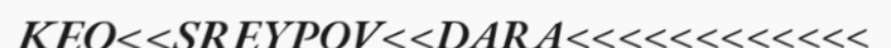
KEO<<SREYPOV<<DARA<<<<<<<<<<<<